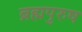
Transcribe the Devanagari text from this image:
ब्रह्मपुरुष